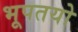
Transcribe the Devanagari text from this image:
भूपतयो